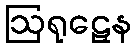
ဩရုဠှေန